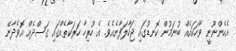
އެހެންނޫނީ ވާހަކައެއް ބުނަމުން ކޮނޑުގައި ޖަހާލަފާނެއެވެ. އެ ހުރިހާ ހަރަކާތެއްގައި ގަސްދެއް އޮވެދާނޭ